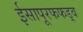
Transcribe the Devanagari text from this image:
ईसापूरफफड़्व